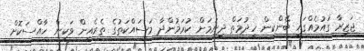
ޖަޒީރާ ގައުމެއްގައި ބޭންކިން ހިދުމަތް ދިނުމަށް ކުރަމުންދާ މަސައްކަތުގެ ތެރެއިން ވަކިން ހާއްސަކޮށް